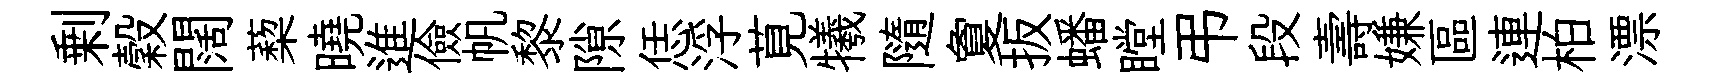
剰穀闊蔾曉進儉帆黎隙恁浮莧犧隨夐扳蟠瞠弔段壽嫌區連柏漂